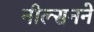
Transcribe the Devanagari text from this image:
नील्सनने